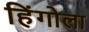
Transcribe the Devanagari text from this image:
हिंगोला